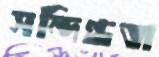
সন্দিগ্ধতা